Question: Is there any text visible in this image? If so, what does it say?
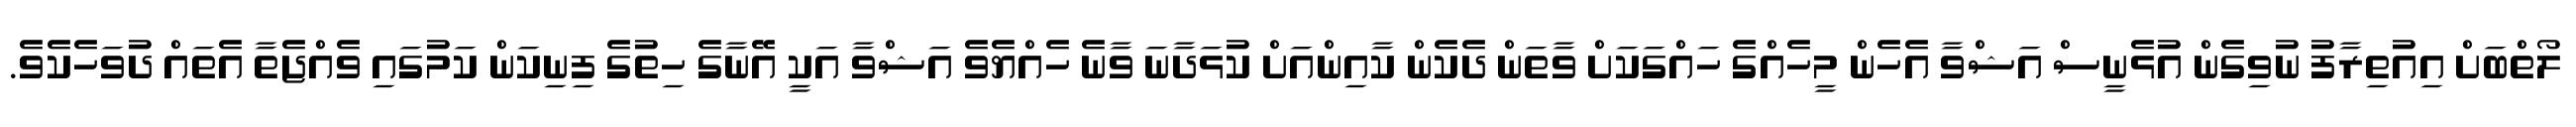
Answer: ލޯތްބަށް އިއުތިރާފު ނުވިގެން އުޅެނީސް އަޝްވާ އެހެން މީހެއްގެ ހައްގަކަށް ވާތަން ދެކެން ކާއިންއަށް ކުޅަދާނަ ވާނެ ހެއްޔެވެ އަޝްވާ އަކީ އޭނާގެ ހިތުގެ ފިނިކަން ކަމުގައި ވެއްޖެތާ އެތައް ދުވަހެކެވެ.